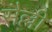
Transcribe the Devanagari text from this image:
सैल्ली